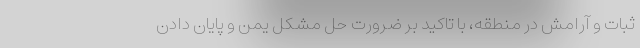
ثبات و آرامش در منطقه، با تاکید بر ضرورت حل مشکل یمن و پایان دادن